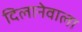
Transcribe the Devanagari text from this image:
दिलानेवाला